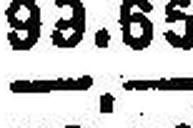
—.—